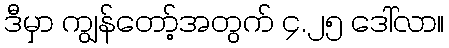
ဒီမှာ ကျွန်တော့်အတွက် ၄.၂၅ ဒေါ်လာ။